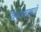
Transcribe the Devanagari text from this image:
विशेषतावाले